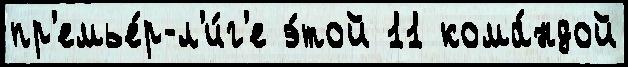
пр'емье́р-л'и́г'е э́той 11 кома́ндой